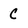
Character: C